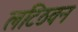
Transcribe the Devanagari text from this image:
लटिठवन